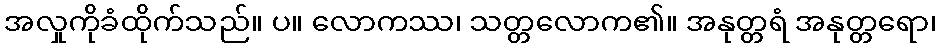
အလှုကိုခံထိုက်သည်။ ပ။ လောကဿ၊ သတ္တလောက၏။ အနုတ္တရံ အနုတ္တရော၊